Medical and sanitary report of the native army of Bengal for the year
Year: 1876
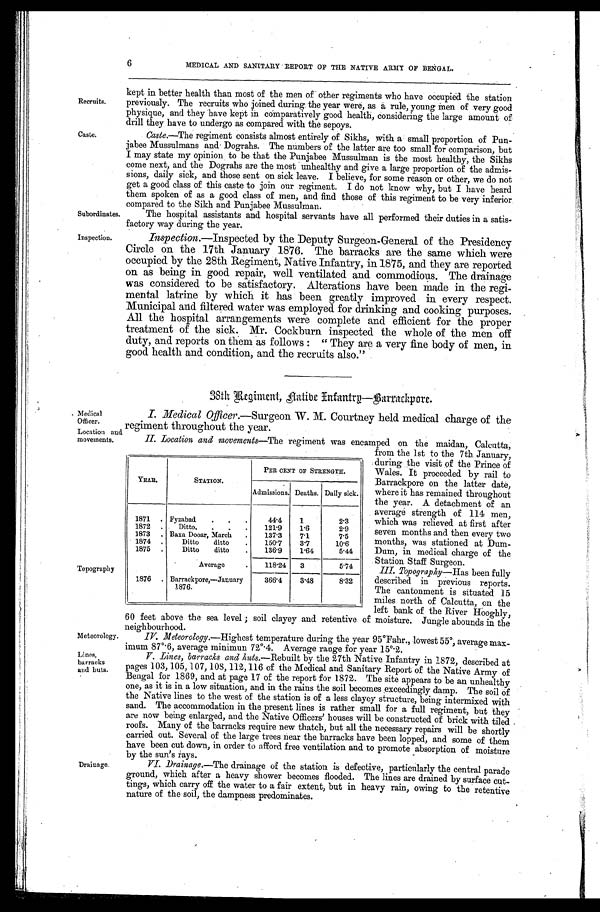
Subordinates.
Inspection.
6
MEDICAL AND SANITARY REPORT OF THE NATIVE ARMY OF BENGAL.
Recruits.
Caste.
kept in better health than most of the men of other regiments who have occupied the station
previously. The recruits who joined during the year were, as a rule, young men of very good
physique, and they have kept in comparatively good health, considering the large amount of
drill they have to undergo as compared with the sepoys.
Caste. —The regiment consists almost entirely of Sikhs, with a small proportion of Pun
- j a b e e M u s s u l m a n s a n d D o g r a h s . T h e n u m b e r s o f t h e l a t t e r a r e t o o s m a l l f o r c o m p a r i s o n , b u t
I may state my opinion to be that the Punjabee Mussulman is the most healthy, the Sikhs
come next, and the Dograhs are the most unhealthy and give a large proportion of the admis
- s i o n s , d a i l y s i c k , a n d t h o s e s e n t o n s i c k l e a v e . I b e l i e v e , f o r s o m e r e a s o n o r o t h e r , w e d o n o t
get a good class of this caste to join our regiment. I do not know why, but I have heard
them spoken of as a good class of men, and find those of this regiment to be very inferior
compared to the Sikh and Punjabee Mussulman.
The hospital assistants and hospital servants have all performed their duties in a satis
-factory way during the year.
Inspection.—Inspected by the Deputy Surgeon-General of the Presidency
Circle on the 17th January 1876. The barracks are the same which were
occupied by the 28th Regiment, Native Infantry, in 1875, and they are reported
on as being in good repair, well ventilated and commodious. The drainage
was considered to be satisfactory. Alterations have been made in the regi
-mental latrine by which it has been greatly improved in every respect.
Municipal and filtered water was employed for drinking and cooking purposes.
All the hospital arrangements were complete and efficient for the proper
treatment of the sick. Mr. Cockburn inspected the whole of the men off
duty, and. reports on them as follows: "They are a very fine body of men, in
good health and condition, and the recruits also."
38th Regiment, native Infantry—Barrackpore.
Medical
Officer.
Location and
movements.
Topography
Meteorolggy.
I. Medical Officer.—Surgeon W. M. Courtney held medical charge of the
regiment throughout the year.
II. Location and movements—The regiment was encamped on the maidan, Calcutta,
from the 1st to the 7th. January,
during the visit of the Prince of
Wales. It proceeded by rail to
Barrackpore on the latter date,
where it has remained throughout
the year, A detachment of an
average strength of 114 men,
which was relieved at first after
seven months and then every two
months, was stationed at Dum
-Dum, in medical charge of the
Station Staff Surgeon.
III.Topography—Has been fully
described in previous reports.
The cantonment is situated 15
miles north of Calcutta, on the
left bank of the River Hooghly,
60 feet above the sea level; soil clayey and retentive of moisture. Jungle abounds in the
neighbourhood.
IV.Meteorology.—Highest temperature during the year 95° Fahr., lowest 55°, average max
-imum 87°.6, average minimun 72°.4. Average range for year 15°.2.
YEAR.
STATION.
PER CENT OF STRENGTH.
Admissions. Deaths. Daily sick.
1871 Fyzabad
44.4 1
2.3
1872
Ditto
121.9 1.6
2.9
1873 Baxa Dooar, March
137.3 7.1
7.5
1874
Ditto ditto
150.7 3.7
1 0 . 6
1875
Ditto ditto
136.9 1.64
5.44
Average
118.24 3
5. 74
1876 Barrackpore,—January
1876.
366.4 3.48
8. 32
Lines, barracks and buts.
Drainage.
V.Lines, barracks and kuts.—Rebuilt by the 27th Native Infantry in 1872, described at
pages 103, 105, 107, 108, 112,116 of the Medical and Sanitary Report of the Native Army of
Bengal for 1869, and at page 17 of the report for 1872. The site appears to be an unhealthy
one, as it is in a low situation, and in the rains the soil becomes exceedingly damp. The soil of
the Native lines to the west of the station is of a less clayey structure, being intermixed with
sand. The accommodation in the present lines is rather small for a full regiment, but they
are now being enlarged, and the Native Officers' houses will be constructed of brick with tiled
roofs. Many of the barracks require new thatch, but all the necessary repairs will be shortly
carried out. Several of the large trees near the barracks have been lopped, and some of them
have been cut down, in order to afford free ventilation and to promote absorption of moisture
by the sun's rays.
VI.Drainage.—The drainage of the station is defective, particularly the central parade
ground, which after a heavy shower becomes flooded. The lines are drained by surface cut-
tings, which carry off the water to a fair extent, but in heavy rain, owing to the retentive
nature of the soil, the dampness predominates.